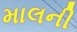
માલની